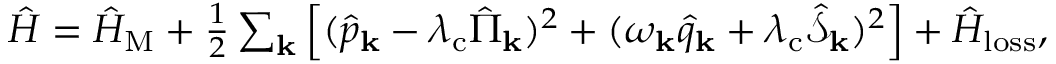
\begin{array} { r } { \hat { H } = \hat { H } _ { \mathrm { M } } + \frac { 1 } { 2 } \sum _ { \mathbf { k } } \left[ ( \hat { p } _ { \bf k } - \lambda _ { \mathrm { c } } \hat { \Pi } _ { \mathbf { k } } ) ^ { 2 } + ( \omega _ { \bf k } \hat { q } _ { \bf k } + \lambda _ { \mathrm { c } } \hat { \mathcal { S } } _ { \mathbf { k } } ) ^ { 2 } \right] + \hat { H } _ { \mathrm { l o s s } } , } \end{array}